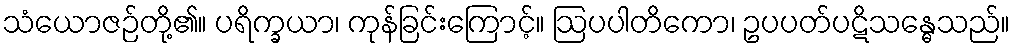
သံယောဇဉ်တို့၏။ ပရိက္ခယာ၊ ကုန်ခြင်းကြောင့်။ ဩပပါတိကော၊ ဥပပတ်ပဋိသန္ဓေသည်။